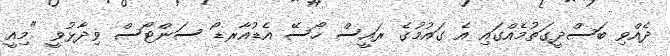
ދެއްވި ބަސްދީގަތުމެއްގައި އެ ގައުމުގެ ރައީސް ހޯސޭ އެޑުއާރޑޯ ސަންޓޯސް ވިދާޅުވީ "މިއީ